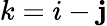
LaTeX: k=i-\mathbf{j}